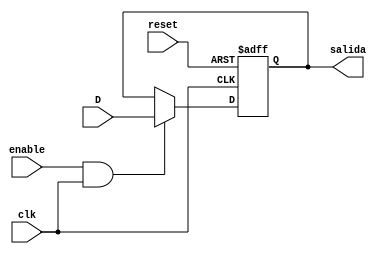
//Nicole Prem 18337 ejercicio 03 del lab 09

module FFD1 (input clk, reset, D, enable, output reg salida); 
always @(posedge clk, posedge reset )
begin
    if (reset)
    salida <= 'b0;
    else if (enable && clk)
    salida <= D;
end
endmodule 



//FF tipo JK
module FFJK (input clk, reset, J, K, enable, output salidaJK);
    wire A1, A2, A3, A4, A5;
    FFD1 FD(clk, reset, A1, enable, salidaJK);
    not N1(A2, salidaJK);
    nand NA1(A3, J, A2);
    not N2(A4, K);
    nand NA2(A5, A4, salidaJK);
    nand NA3(A1, A5, A3);

endmodule